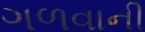
ગળવાની